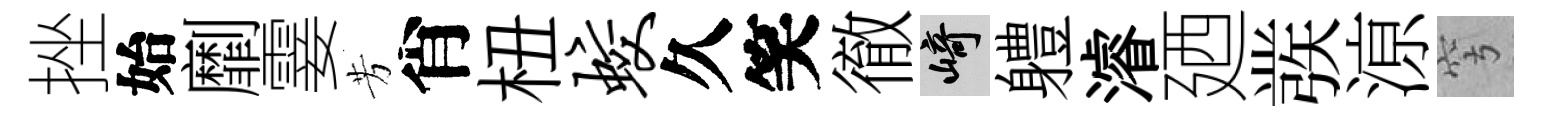
挫始劘霎芳肖杻蛟久笑徹崎軆濬廼彂鿌穹